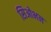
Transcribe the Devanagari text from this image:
सिओभन